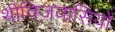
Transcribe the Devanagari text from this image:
थीविज़वासियों